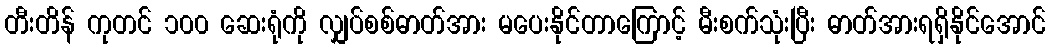
တီးတိန် ကုတင် ၁၀၀ ဆေးရုံကို လျှပ်စစ်ဓာတ်အား မပေးနိုင်တာကြောင့် မီးစက်သုံးပြီး ဓာတ်အားရရှိနိုင်အောင်